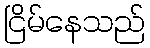
ငြိမ်နေသည်